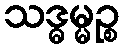
သဒ္ဓမ္မဉ္စ